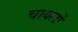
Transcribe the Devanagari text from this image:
चायलों